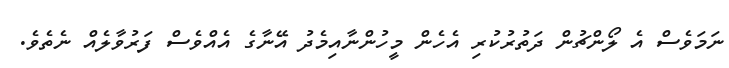
ނަމަވެސް އެ ލޯންޗުން ދަތުރުކުރި އެހެން މީހުންނާއިމެދު އޭނާގެ އެއްވެސް ފަރުވާލެއް ނެތެވެ.